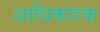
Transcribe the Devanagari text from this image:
अाधिकारक